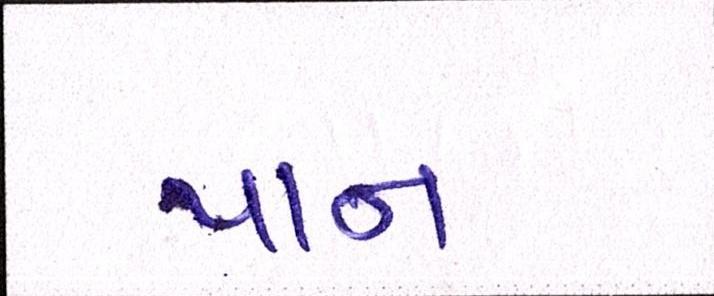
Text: પાન